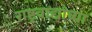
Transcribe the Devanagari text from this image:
राष्ट्रवाद्यांच्या